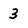
Character: 3